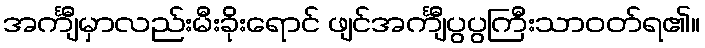
အင်္ကျီမှာလည်းမီးခိုးရောင် ဖျင်အင်္ကျီပွပွကြီးသာဝတ်ရ၏။